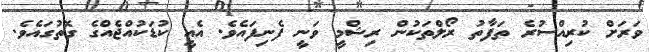
ވަރަށް ކުރިއްސުރެ ތަފާތު ރޯލްތަކުން ރިޝްމީ ވަނީ ފެނިފައެވެ. އެއީ ކުޑަކުއްޖެއްގެ ގޮތުގައެވެ.